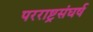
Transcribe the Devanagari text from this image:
परराष्ट्रसंघर्ष